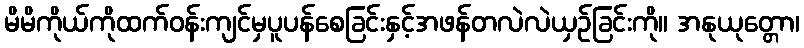
မိမိကိုယ်ကိုထက်ဝန်းကျင်မှပူပန်စေခြင်းနှင့်အဖန်တလဲလဲယှဉ်ခြင်းကို။ အနုယုတ္တော၊